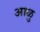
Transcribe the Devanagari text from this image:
आळु